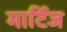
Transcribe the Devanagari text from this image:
मार्टिज